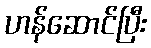
ဟန်ဆောင်ပြီး